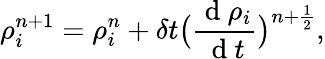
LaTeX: \rho_{i}^{n+1}=\rho_{i}^{n}+\delta t\big(\frac{\mathrm{~d~}\rho_{i}}{\mathrm{~d~}t}\big)^{n+\frac{1}{2}},